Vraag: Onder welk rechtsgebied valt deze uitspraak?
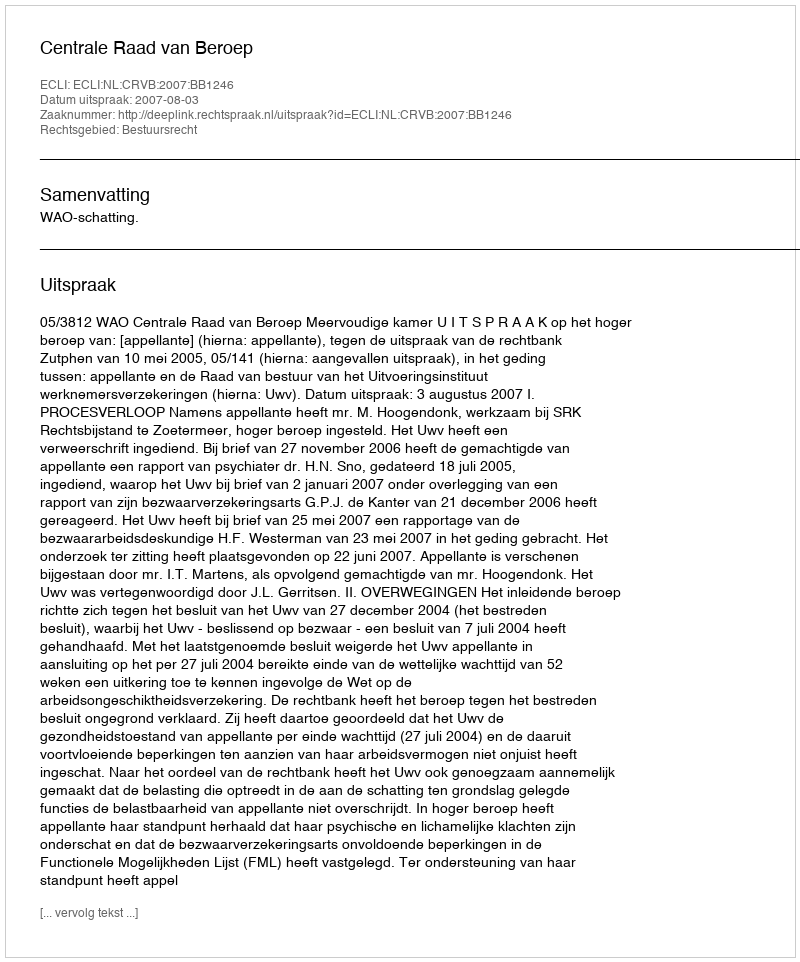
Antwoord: Bestuursrecht